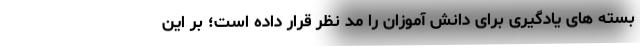
بسته های یادگیری برای دانش آموزان را مد نظر قرار داده است؛ بر این